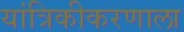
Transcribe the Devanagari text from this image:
यांत्रिकीकरणाला